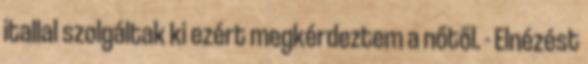
itallal szolgáltak ki ezért megkérdeztem a nőtől. - Elnézést